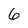
Character: 6